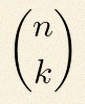
\binom{n}{k}